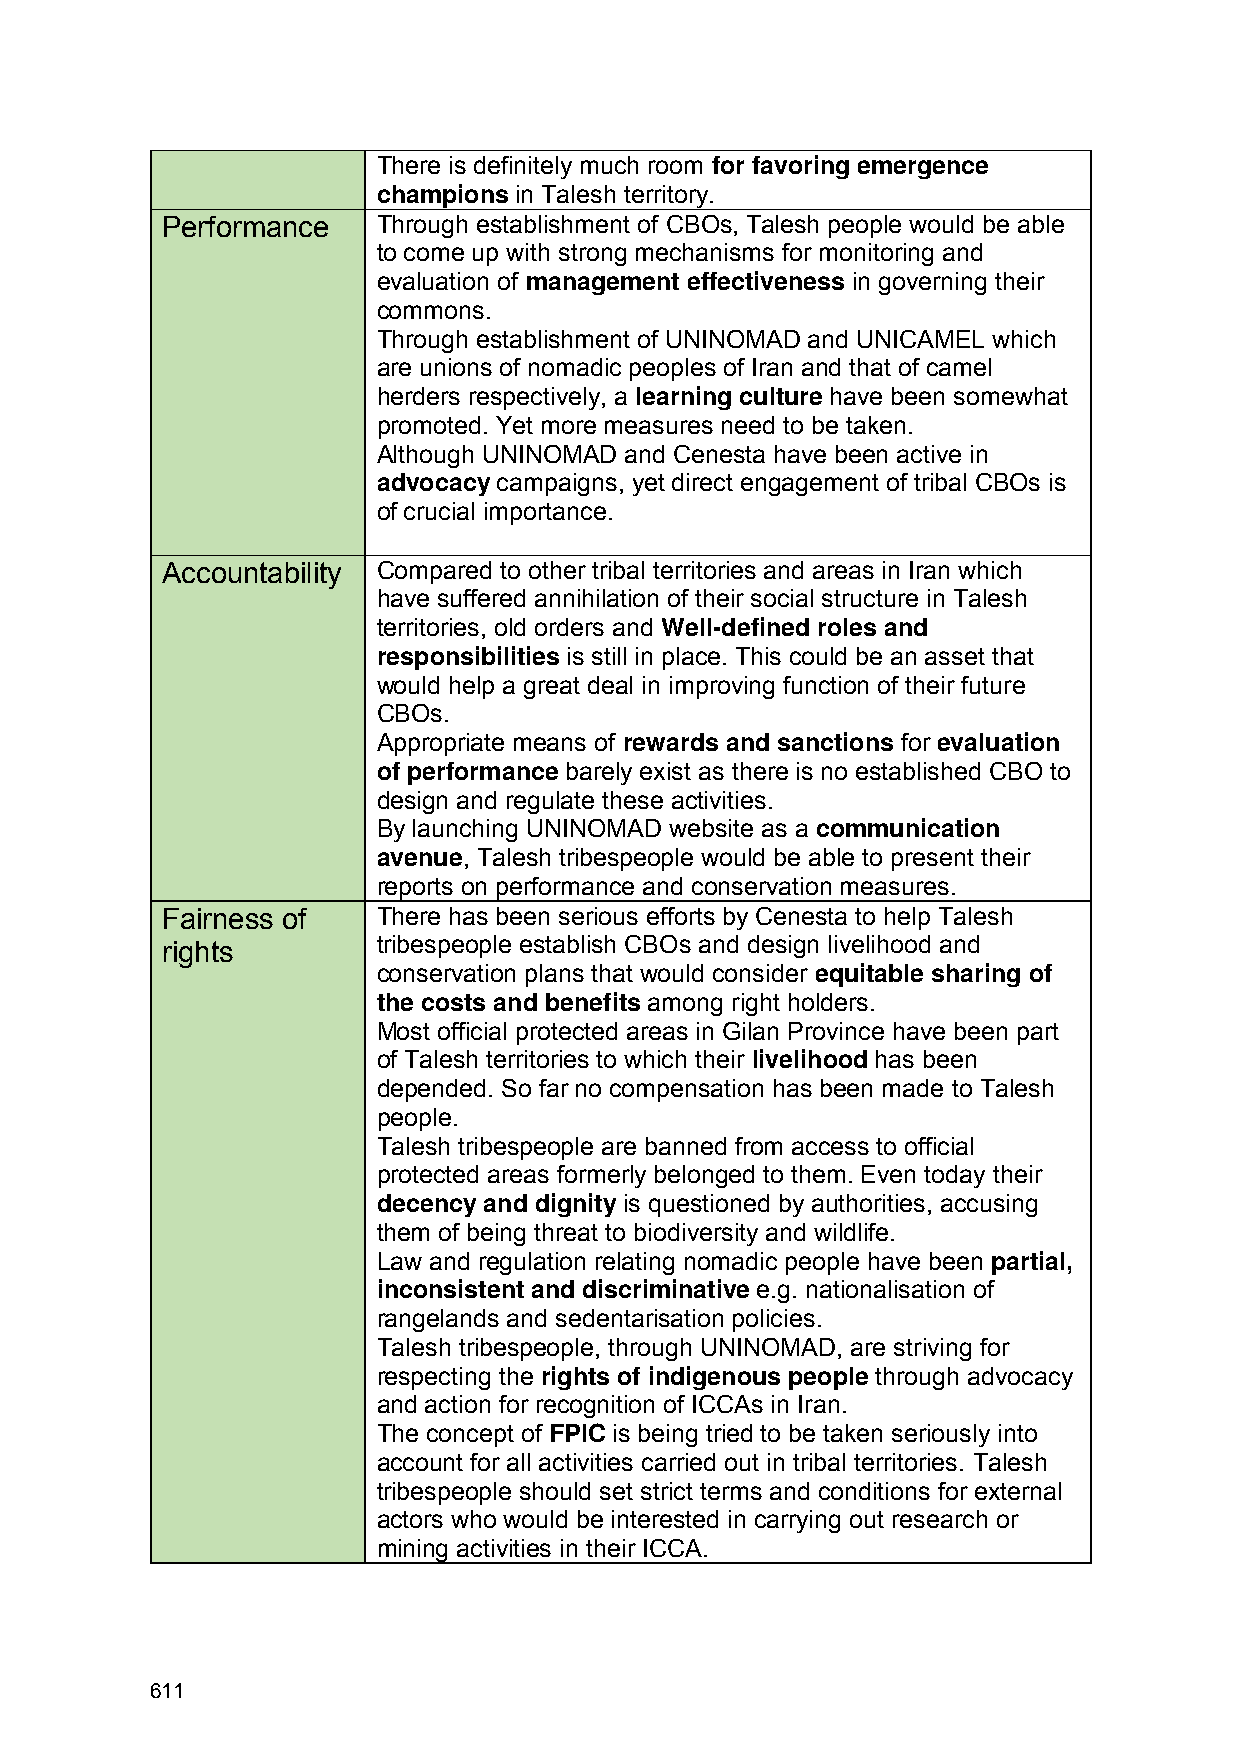
There is definitely much room for favoring emergence
 champions in Talesh territory.
 Performance   Through establishment of CBOs, Talesh people would be able
 to come up with strong mechanisms for monitoring and
 evaluation of management effectiveness in governing their
 commons.
 Through establishment of UNINOMAD and UNICAMEL which
 are unions of nomadic peoples of Iran and that of camel
 herders respectively, a learning culture have been somewhat
 promoted. Yet more measures need to be taken.
 Although UNINOMAD and Cenesta have been active in
 advocacy campaigns, yet direct engagement of tribal CBOs is
 of crucial importance.
 Accountability Compared to other tribal territories and areas in Iran which
 have suffered annihilation of their social structure in Talesh
 territories, old orders and Well-defined roles and
 responsibilities is still in place. This could be an asset that
 would help a great deal in improving function of their future
 CBOs.
 Appropriate means of rewards and sanctions for evaluation
 of performance barely exist as there is no established CBO to
 design and regulate these activities.
 By launching UNINOMAD website as a communication
 avenue, Talesh tribespeople would be able to present their
 reports on performance and conservation measures.
 Fairness of   There has been serious efforts by Cenesta to help Talesh
 rights        tribespeople establish CBOs and design livelihood and
 conservation plans that would consider equitable sharing of
 the costs and benefits among right holders.
 Most official protected areas in Gilan Province have been part
 of Talesh territories to which their livelihood has been
 depended. So far no compensation has been made to Talesh
 people.
 Talesh tribespeople are banned from access to official
 protected areas formerly belonged to them. Even today their
 decency and dignity is questioned by authorities, accusing
 them of being threat to biodiversity and wildlife.
 Law and regulation relating nomadic people have been partial,
 inconsistent and discriminative e.g. nationalisation of
 rangelands and sedentarisation policies.
 Talesh tribespeople, through UNINOMAD, are striving for
 respecting the rights of indigenous people through advocacy
 and action for recognition of ICCAs in Iran.
 The concept of FPIC is being tried to be taken seriously into
 account for all activities carried out in tribal territories. Talesh
 tribespeople should set strict terms and conditions for external
 actors who would be interested in carrying out research or
 mining activities in their ICCA.
 611